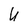
Character: U